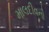
માલદીવનો